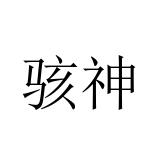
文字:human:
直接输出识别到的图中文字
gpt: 骇神